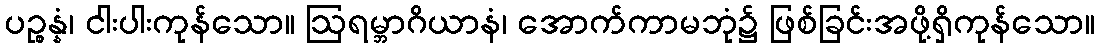
ပဉ္စန္နံ၊ ငါးပါးကုန်သော။ ဩရမ္ဘာဂိယာနံ၊ အောက်ကာမဘုံ၌ ဖြစ်ခြင်းအဖို့ရှိကုန်သော။